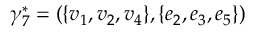
\gamma _ { 7 } ^ { \ast } = ( \{ v _ { 1 } , v _ { 2 } , v _ { 4 } \} , \{ e _ { 2 } , e _ { 3 } , e _ { 5 } \} )